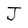
Character: J